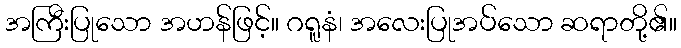
အကြီးပြုသော အဟန်ဖြင့်။ ဂရူနံ၊ အလေးပြုအပ်သော ဆရာတို့၏။